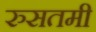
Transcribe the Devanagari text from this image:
रुसतमी